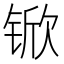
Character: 锨